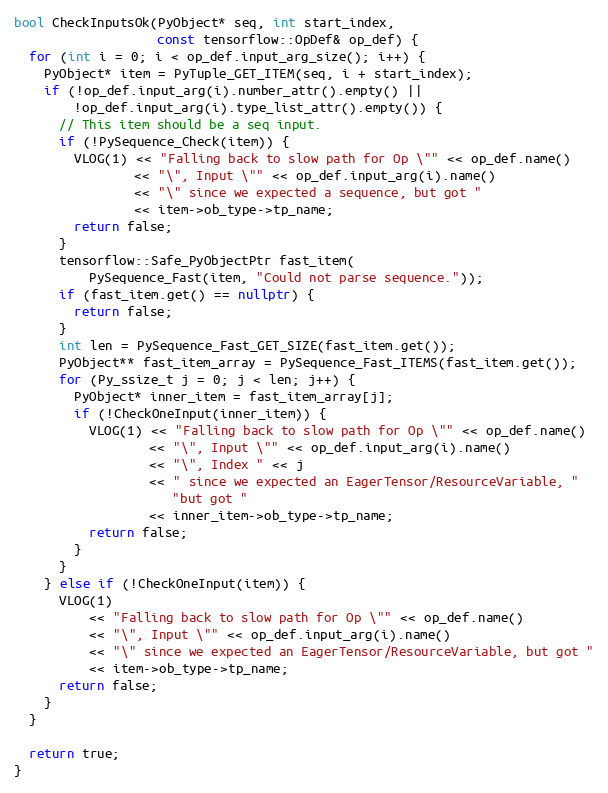
Language: C++
bool CheckInputsOk(PyObject* seq, int start_index,
                   const tensorflow::OpDef& op_def) {
  for (int i = 0; i < op_def.input_arg_size(); i++) {
    PyObject* item = PyTuple_GET_ITEM(seq, i + start_index);
    if (!op_def.input_arg(i).number_attr().empty() ||
        !op_def.input_arg(i).type_list_attr().empty()) {
      // This item should be a seq input.
      if (!PySequence_Check(item)) {
        VLOG(1) << "Falling back to slow path for Op \"" << op_def.name()
                << "\", Input \"" << op_def.input_arg(i).name()
                << "\" since we expected a sequence, but got "
                << item->ob_type->tp_name;
        return false;
      }
      tensorflow::Safe_PyObjectPtr fast_item(
          PySequence_Fast(item, "Could not parse sequence."));
      if (fast_item.get() == nullptr) {
        return false;
      }
      int len = PySequence_Fast_GET_SIZE(fast_item.get());
      PyObject** fast_item_array = PySequence_Fast_ITEMS(fast_item.get());
      for (Py_ssize_t j = 0; j < len; j++) {
        PyObject* inner_item = fast_item_array[j];
        if (!CheckOneInput(inner_item)) {
          VLOG(1) << "Falling back to slow path for Op \"" << op_def.name()
                  << "\", Input \"" << op_def.input_arg(i).name()
                  << "\", Index " << j
                  << " since we expected an EagerTensor/ResourceVariable, "
                     "but got "
                  << inner_item->ob_type->tp_name;
          return false;
        }
      }
    } else if (!CheckOneInput(item)) {
      VLOG(1)
          << "Falling back to slow path for Op \"" << op_def.name()
          << "\", Input \"" << op_def.input_arg(i).name()
          << "\" since we expected an EagerTensor/ResourceVariable, but got "
          << item->ob_type->tp_name;
      return false;
    }
  }

  return true;
}